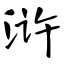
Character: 浒